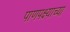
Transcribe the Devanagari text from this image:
पाणपक्ष्याच्या